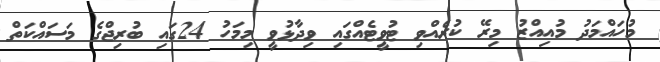
މުހައްމަދު މުއިއްޒު މިރޭ ކުރެއްވި ޓުވީޓެއްގައި ވިދާޅުވީ މިމަހު 24ގައި ބުރިޖްގެ މަސައްކަތް